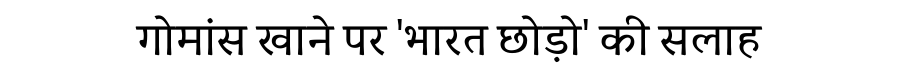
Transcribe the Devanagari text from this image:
गोमांस खाने पर 'भारत छोड़ो' की सलाह